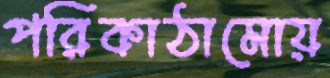
পরিকাঠামোয়